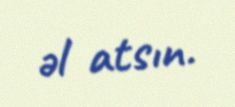
əl atsın.